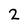
Character: 2